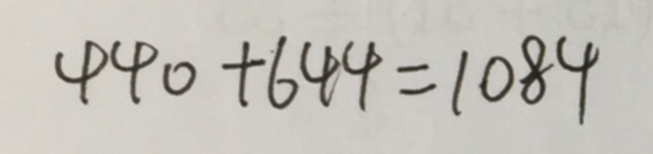
4 4 0 + 6 4 4 = 1 0 8 4